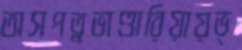
অসপত্নভাণ্ডারিয়ায়ভ্